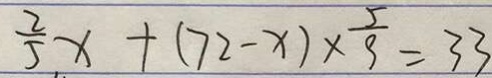
\frac { 2 } { 5 } x + ( 7 2 - x ) \times \frac { 5 } { 9 } = 3 3